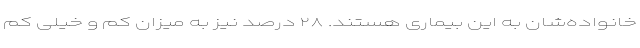
خانواده‌شان به این بیماری هستند. ۲۸ درصد نیز به میزان کم و خیلی کم